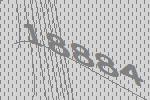
18884